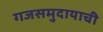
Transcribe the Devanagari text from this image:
गजसमुदायाची